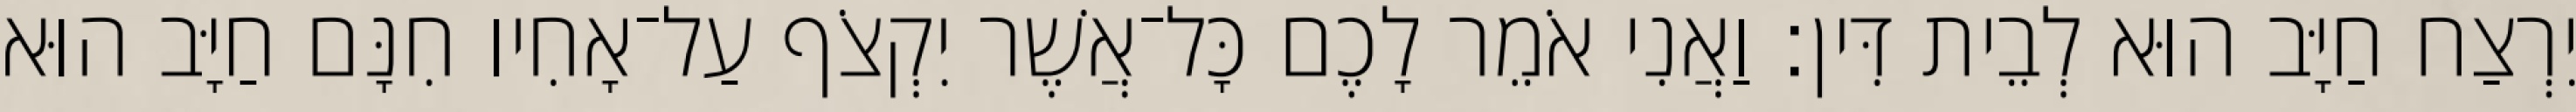
יִרְצַח חַיָּב הוּא לְבֵית דִּין׃ וַאֲנִי אֹמֵר לָכֶם כָּל־אֲשֶׁר יִקְצֹף עַל־אָחִיו חִנָּם חַיָּב הוּא